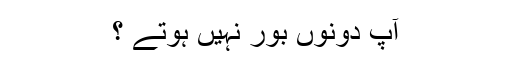
آپ دونوں بور نہیں ہوتے ؟